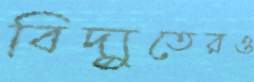
বিদ্যুতেরও